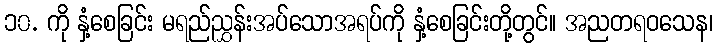
၁၀. ကို နှံ့စေခြင်း မရည်ညွှန်းအပ်သောအရပ်ကို နှံ့စေခြင်းတို့တွင်။ အညတရဝသေန၊